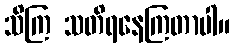
သိကြ သတိရနေကြတာပါ။